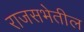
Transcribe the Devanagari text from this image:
राजसभेतील